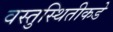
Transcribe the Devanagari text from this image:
वस्तुस्थितीकडे